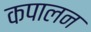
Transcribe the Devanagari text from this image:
कपालन